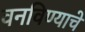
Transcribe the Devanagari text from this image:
वनविण्याचे